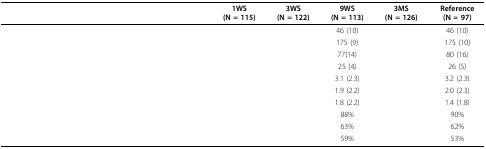
<table><thead><tr><td>[EMPTY_CELL]</td><td><b>1WS (N = 115)</b></td><td><b>3WS (N = 122)</b></td><td><b>9WS (N = 113)</b></td><td><b>3MS (N = 126)</b></td><td><b>Reference (N = 97)</b></td></tr></thead><tbody><tr><td>[EMPTY_CELL]</td><td>[EMPTY_CELL]</td><td>[EMPTY_CELL]</td><td>46 (10)</td><td>[EMPTY_CELL]</td><td>46 (10)</td></tr><tr><td>[EMPTY_CELL]</td><td>[EMPTY_CELL]</td><td>[EMPTY_CELL]</td><td>175 (9)</td><td>[EMPTY_CELL]</td><td>175 (10)</td></tr><tr><td>[EMPTY_CELL]</td><td>[EMPTY_CELL]</td><td>[EMPTY_CELL]</td><td>77(14)</td><td>[EMPTY_CELL]</td><td>80 (16)</td></tr><tr><td>[EMPTY_CELL]</td><td>[EMPTY_CELL]</td><td>[EMPTY_CELL]</td><td>25 (4)</td><td>[EMPTY_CELL]</td><td>26 (5)</td></tr><tr><td>[EMPTY_CELL]</td><td>[EMPTY_CELL]</td><td>[EMPTY_CELL]</td><td>3.1 (2.3)</td><td>[EMPTY_CELL]</td><td>3.2 (2.3)</td></tr><tr><td>[EMPTY_CELL]</td><td>[EMPTY_CELL]</td><td>[EMPTY_CELL]</td><td>1.9 (2.2)</td><td>[EMPTY_CELL]</td><td>2.0 (2.3)</td></tr><tr><td>[EMPTY_CELL]</td><td>[EMPTY_CELL]</td><td>[EMPTY_CELL]</td><td>1.8 (2.2)</td><td>[EMPTY_CELL]</td><td>1.4 (1.8)</td></tr><tr><td>[EMPTY_CELL]</td><td>[EMPTY_CELL]</td><td>[EMPTY_CELL]</td><td>88%</td><td>[EMPTY_CELL]</td><td>90%</td></tr><tr><td>[EMPTY_CELL]</td><td>[EMPTY_CELL]</td><td>[EMPTY_CELL]</td><td>63%</td><td>[EMPTY_CELL]</td><td>62%</td></tr><tr><td>[EMPTY_CELL]</td><td>[EMPTY_CELL]</td><td>[EMPTY_CELL]</td><td>59%</td><td>[EMPTY_CELL]</td><td>53%</td></tr></tbody></table>